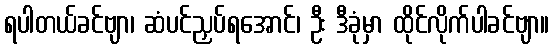
ရပါတယ်ခင်ဗျာ၊ ဆံပင်ညှပ်ရအောင်၊ ဦး ဒီခုံမှာ ထိုင်လိုက်ပါခင်ဗျာ။